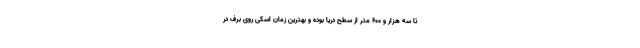
تا سه هزار و ۶۰۰ متر از سطح دریا بوده و بهترین زمان اسکی روی برف در